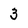
Character: 3